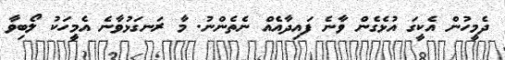
ދެމީހުން އެކީގަ އުޅެގެން ވާނެ ފައިދާއެއް ނެތެންނު. މާ ރަނގަޅުވާނެ އެމީހަކު ލޯބިވާ